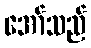
အော်သည်